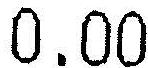
0.00